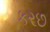
કરછ